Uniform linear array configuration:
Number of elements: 24
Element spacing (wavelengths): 0.5
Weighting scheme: blackman
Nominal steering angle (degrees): -60
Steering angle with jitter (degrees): -59.701
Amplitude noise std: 0.05
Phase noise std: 0.05

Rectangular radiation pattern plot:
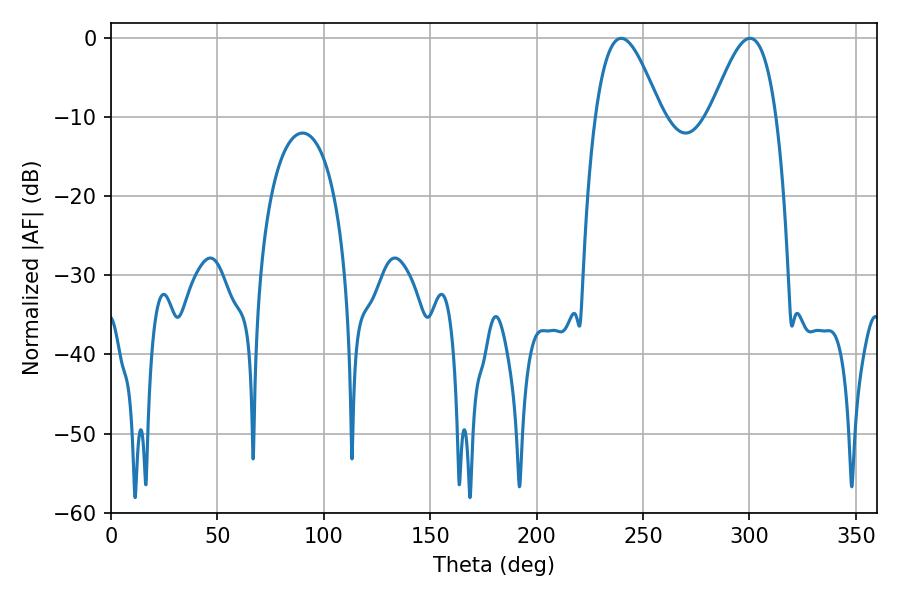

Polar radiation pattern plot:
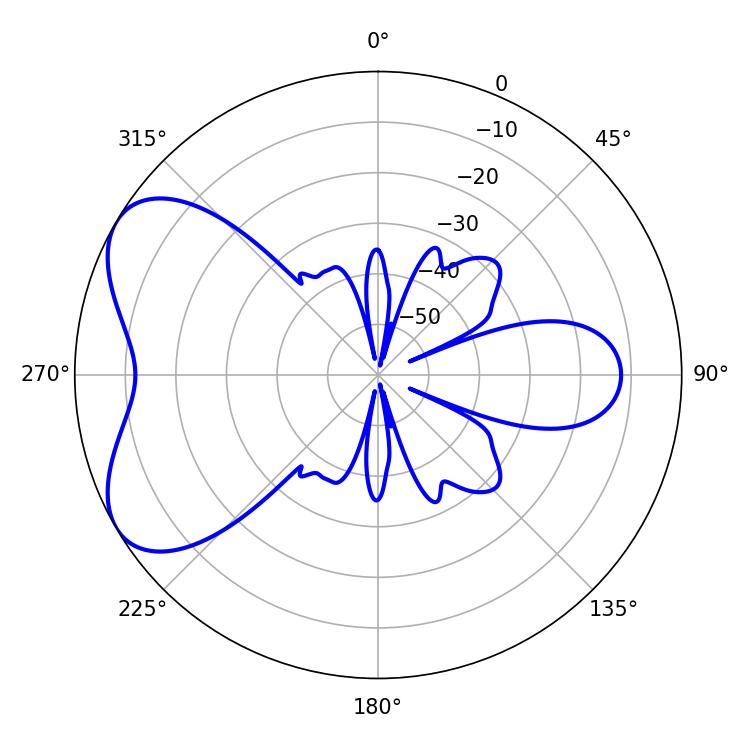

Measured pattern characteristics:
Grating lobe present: FALSE
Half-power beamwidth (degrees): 16.56
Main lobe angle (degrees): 239.76